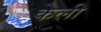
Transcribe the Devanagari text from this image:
केली